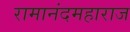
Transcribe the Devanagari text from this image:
रामानंदमहाराज